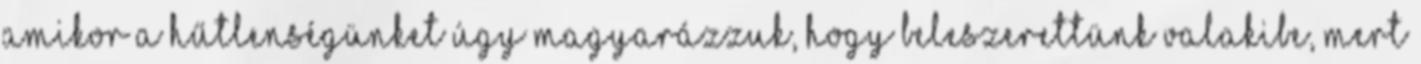
amikor a hűtlenségünket úgy magyarázzuk, hogy beleszerettünk valakibe, mert